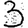
Digit: 3